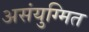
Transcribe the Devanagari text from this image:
असंयुग्मित